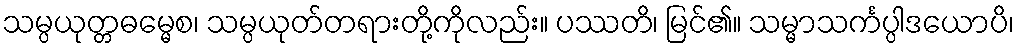
သမ္ပယုတ္တဓမ္မေစ၊ သမ္ပယုတ်တရားတို့ကိုလည်း။ ပဿတိ၊ မြင်၏။ သမ္မာသင်္ကပ္ပါဒယောပိ၊